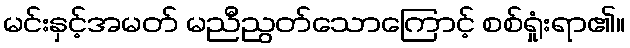
မင်းနှင့်အမတ် မညီညွတ်သောကြောင့် စစ်ရှုံးရာ၏။